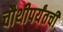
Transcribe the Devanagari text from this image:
चौथीपर्यंतची